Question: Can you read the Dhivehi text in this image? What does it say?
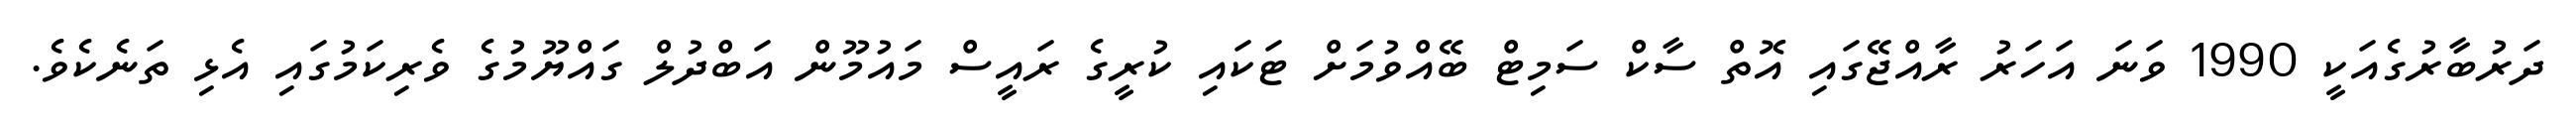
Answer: ދަރުބާރުގެއަކީ 1990 ވަނަ އަހަރު ރާއްޖޭގައި އޮތް ސާކް ސަމިޓް ބޭއްވުމަށް ޓަކައި ކުރީގެ ރައީސް މައުމޫން އަބްދުލް ގައްޔޫމުގެ ވެރިކަމުގައި އެޅި ތަނެކެވެ.